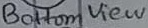
Text: Bottom View